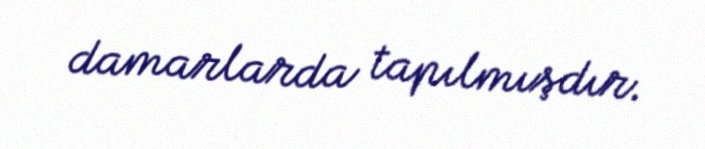
damarlarda tapılmışdır.